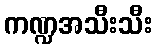
ကဏ္ဍအသီးသီး